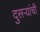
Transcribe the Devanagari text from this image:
दुसऱ्यांची